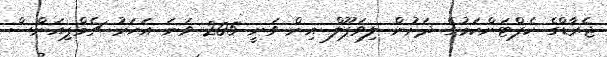
ޖެރާޑްގެ ކެޕްޓަންކަމުގެ ދަށުން ލިވަޕޫލް އިން ވަނީ 205 ވަނަ އަހަރު ޗެމްޕިއަންސް